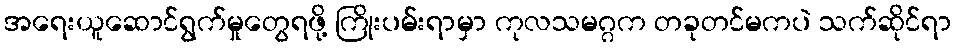
အရေးယူဆောင်ရွက်မှုတွေရဖို့ ကြိုးပမ်းရာမှာ ကုလသမဂ္ဂက တခုတင်မကပဲ သက်ဆိုင်ရာ